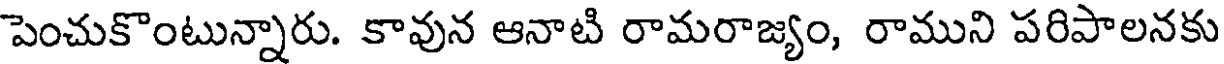
పెంచుకొంటున్నారు. కావున ఆనాటి రామరాజ్యం, రాముని పరిపాలనకు